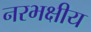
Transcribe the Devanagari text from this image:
नरभक्षीय